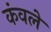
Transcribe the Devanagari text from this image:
कंवले